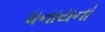
ધનાયનો